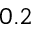
0 . 2